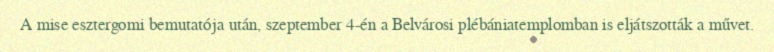
A mise esztergomi bemutatója után, szeptember 4-én a Belvárosi plébániatemplomban is eljátszották a művet.